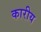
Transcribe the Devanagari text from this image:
कारीय